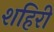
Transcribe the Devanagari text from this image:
शहिरी